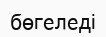
бөгеледі